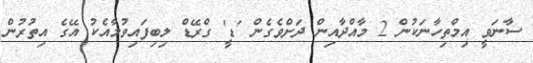
ސާނަވީ އިމްތިހާނަކުން 2 މާއްދާއިން ދަށްވެގެން 'ޑީ' ގްރޭޑް ލިބިފައިވުމާއެކު އޭގެ އިތުރުން